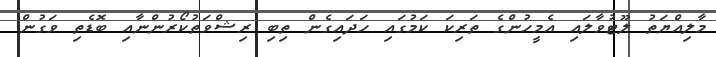
މާލިއްޔަތު ލޫޓުވާލައި އެމީހުންގެ ތަރިކަ ކަމުގައި ހަދައިގެން ތިބި ރިޝްވަތުކޯރުންނާއި ބޮޑެތި ވަގުން